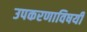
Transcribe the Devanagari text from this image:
उपकरणाविषयी